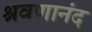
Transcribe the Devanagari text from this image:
श्रवणानंद